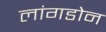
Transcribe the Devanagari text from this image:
लांगडोन